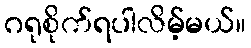
ဂရုစိုက်ရပါလိမ့်မယ်။